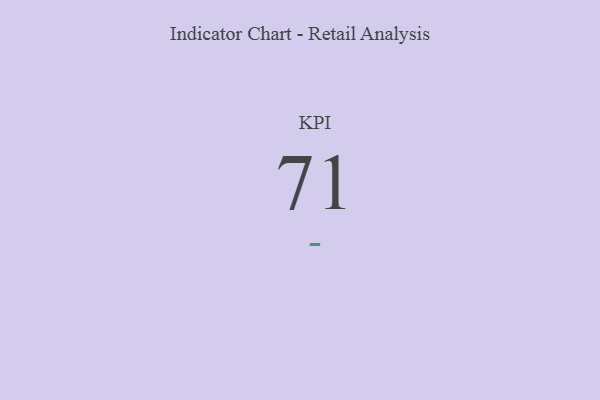
{"axis": {"x": "KPI", "y": "Value"}, "legend": [""], "data": [{"x": "KPI", "y": 71, "type": ""}]}